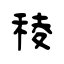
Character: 稜